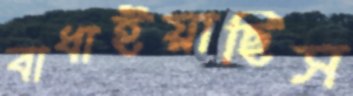
বাধাইয়াছিস